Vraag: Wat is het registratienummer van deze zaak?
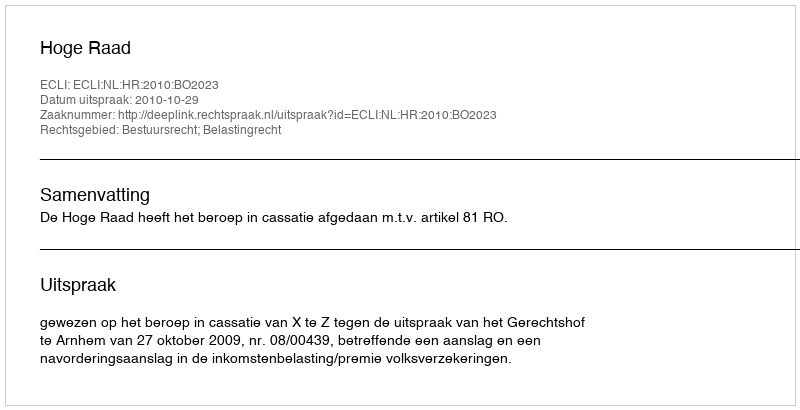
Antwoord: http://deeplink.rechtspraak.nl/uitspraak?id=ECLI:NL:HR:2010:BO2023